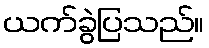
ယက်ခွဲပြသည်။